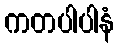
ကတပါပါနံ